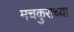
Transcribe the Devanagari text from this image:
मचकुराच्या